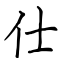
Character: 仕